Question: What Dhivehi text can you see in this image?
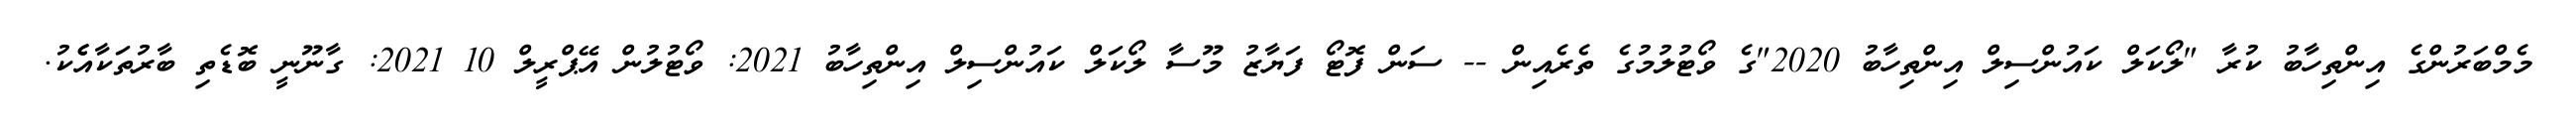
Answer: މެމްބަރުންގެ އިންތިހާބު ކުރާ "ލޯކަލް ކައުންސިލް އިންތިހާބު 2020"ގެ ވޯޓުލުމުގެ ތެރެއިން -- ސަން ފޮޓޯ ފަޔާޒު މޫސާ ލޯކަލް ކައުންސިލް އިންތިހާބު 2021: ވޯޓުލުން އޭޕްރީލް 10 2021: ގާނޫނީ ބޮޑެތި ބާރުތަކާއެެކު.